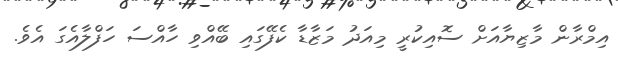
އިމްރާން މާޒިޔާއަށް ސޮއިކުރީ މިއަދު މަޒާޑާ ކެފޭގައި ބޭއްވި ހާއްސަ ހަފްލާއެގަ އެވެ.